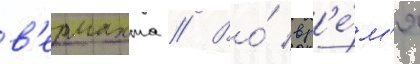
в'ермахта // Во́ вр'е́м'я